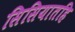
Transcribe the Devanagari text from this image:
सिसियातहि